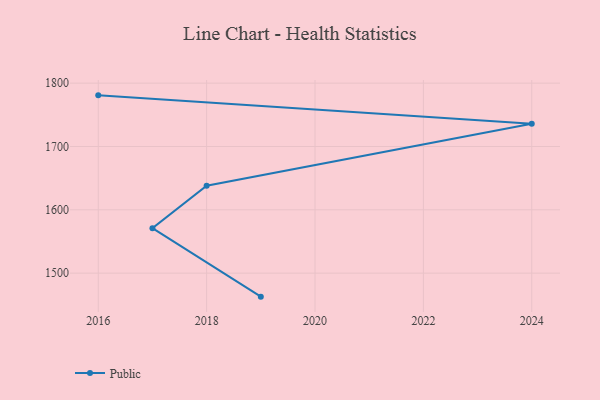
{"axis": {"x": "Year", "y": "Gross Profit (USD K)"}, "legend": ["Public"], "data": [{"x": "2016", "y": 1780.7, "type": "Public"}, {"x": "2024", "y": 1735.8, "type": "Public"}, {"x": "2018", "y": 1638.0, "type": "Public"}, {"x": "2017", "y": 1571.0, "type": "Public"}, {"x": "2019", "y": 1462.9, "type": "Public"}]}